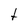
Character: t